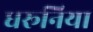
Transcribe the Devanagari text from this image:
धरूनिया